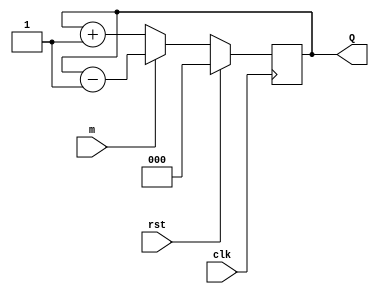
`timescale 1ns / 1ps
//////////////////////////////////////////////////////////////////////////////////
// Company: 
// Revision:
// Revision 0.01 - File Created
// Additional Comments:
// 
//////////////////////////////////////////////////////////////////////////////////


module up_down_counter(Q,clk,rst,m);
input clk,m,rst;
output reg [3:1]Q;
always @(posedge clk)
if(rst)
    Q=3'b0;
else
    if(m)
        Q=Q-1;
    else
        Q=Q+1;
endmodule